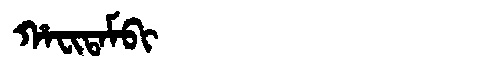
Manchu: ᡥᠠᠸᡳᡨᠠᠮᠪᡳ
Romanization: HAFITAMBI